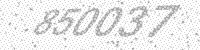
Solution: 850037